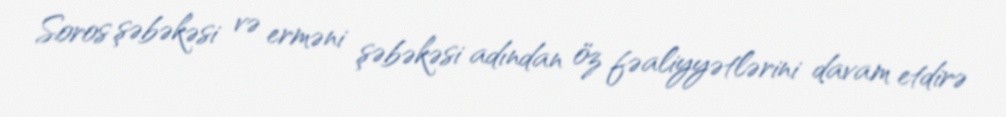
Soros şəbəkəsi və erməni şəbəkəsi adından öz fəaliyyətlərini davam etdirə